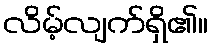
လိမ့်လျက်ရှိ၏။